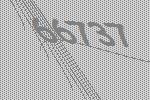
66737